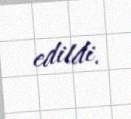
edildi.